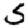
Digit: 5